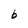
Character: b